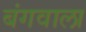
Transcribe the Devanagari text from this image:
बंगवाला